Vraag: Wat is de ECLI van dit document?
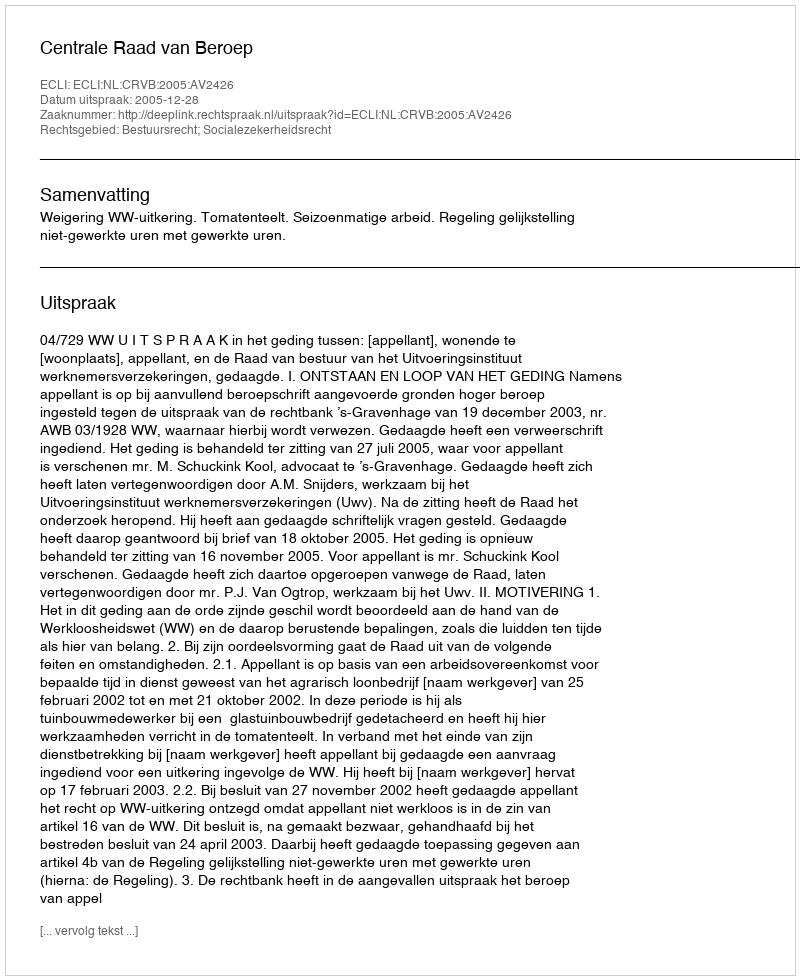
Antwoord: ECLI:NL:CRVB:2005:AV2426